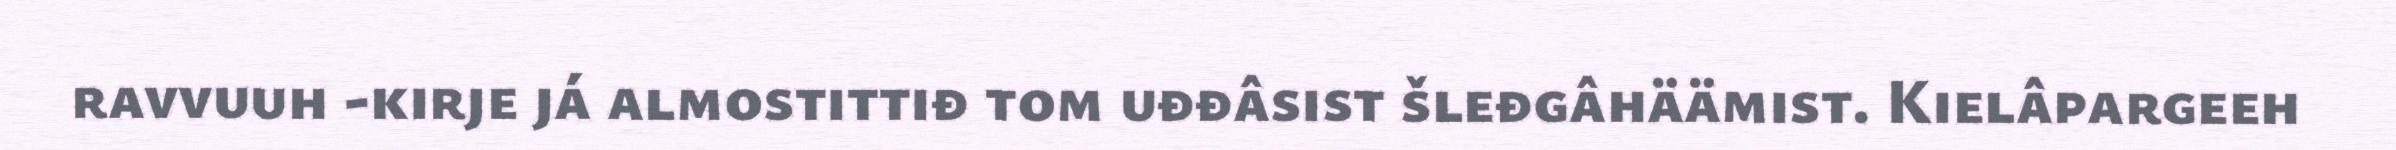
ravvuuh -kirje já almostittiđ tom uđđâsist šleđgâhäämist. Kielâpargeeh